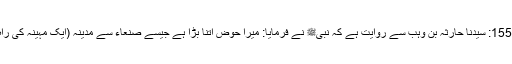
1550: سیدنا حارثہ بن وہبؓ سے روایت ہے کہ نبیﷺ نے فرمایا: میرا حوض اتنا بڑا ہے جیسے صنعاء سے مدینہ (ایک مہینہ کی راہ)۔